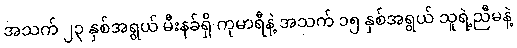
အသက် ၂၃ နှစ်အရွယ် မီးနခ်ရှိ ကုမာရီနဲ့ အသက် ၁၅ နှစ်အရွယ် သူရဲ့ညီမနဲ့